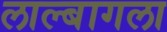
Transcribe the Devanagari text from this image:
लाल्बागला